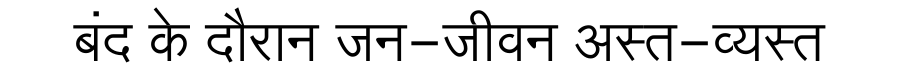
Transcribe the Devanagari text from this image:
बंद के दौरान जन-जीवन अस्त-व्यस्त